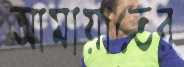
আমায়াতের